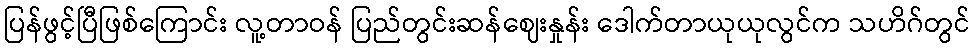
ပြန်ဖွင့်ပြီဖြစ်ကြောင်း လူ့တာဝန် ပြည်တွင်းဆန်ဈေးနှုန်း ဒေါက်တာယုယုလွင်က သဟိဂ်တွင်